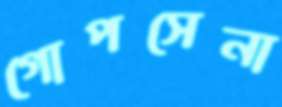
গোপসেনা